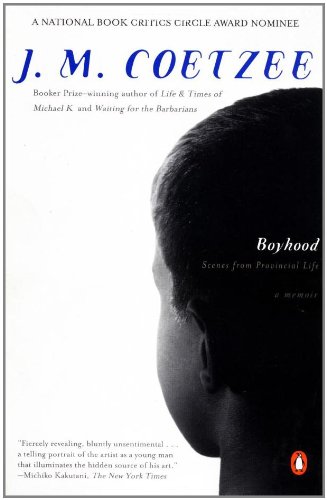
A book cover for Boyhood: Scenes From Provincial Life; J. M. Coetzee; Literature & Fiction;